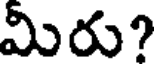
మీరు?